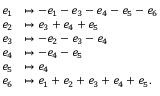
\begin{array} { r l } { e _ { 1 } } & { \mapsto - e _ { 1 } - e _ { 3 } - e _ { 4 } - e _ { 5 } - e _ { 6 } } \\ { e _ { 2 } } & { \mapsto e _ { 3 } + e _ { 4 } + e _ { 5 } } \\ { e _ { 3 } } & { \mapsto - e _ { 2 } - e _ { 3 } - e _ { 4 } } \\ { e _ { 4 } } & { \mapsto - e _ { 4 } - e _ { 5 } } \\ { e _ { 5 } } & { \mapsto e _ { 4 } } \\ { e _ { 6 } } & { \mapsto e _ { 1 } + e _ { 2 } + e _ { 3 } + e _ { 4 } + e _ { 5 } . } \end{array}